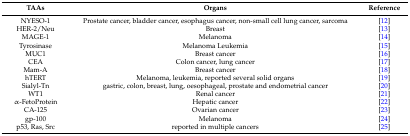
| TAAs | Organs | Reference |
 | --- | --- | --- |
 | NYESO-1 | Prostate cancer, bladder cancer, esophagus cancer, non-small cell lung cancer, sarcoma | [12] |
 | HER-2/Neu | Breast | [13] |
 | MAGE-1 | Melanoma | [14] |
 | Tyrosinase | Melanoma Leukemia | [15] |
 | MUC1 | Breast cancer | [16] |
 | CEA | Colon cancer, lung cancer | [17] |
 | Mam-A | Breast cancer | [18] |
 | hTERT | Melanoma, leukemia, reported several solid organs | [19] |
 | Sialyl-Tn | gastric, colon, breast, lung, oesophageal, prostate and endometrial cancer | [20] |
 | WT1 | Renal cancer | [21] |
 | α-FetoProtein | Hepatic cancer | [22] |
 | CA-125 | Ovarian cancer | [23] |
 | gp-100 | Melanoma | [24] |
 | p53, Ras, Src | reported in multiple cancers | [25] |